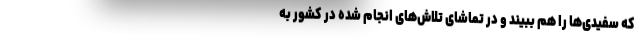
که سفیدی‌ها را هم ببیند و در تماشای تلاش‌های انجام شده در کشور به